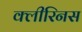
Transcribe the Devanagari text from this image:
क्लीरिनस